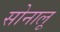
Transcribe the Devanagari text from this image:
सोनालू